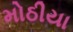
મોઠીયા